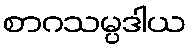
စာဂသမ္ပဒါယ